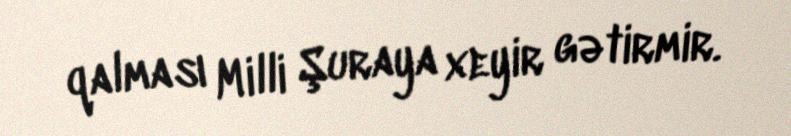
qalması Milli Şuraya xeyir gətirmir.